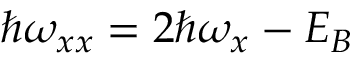
\hbar \omega _ { x x } = 2 \hbar \omega _ { x } - E _ { B }